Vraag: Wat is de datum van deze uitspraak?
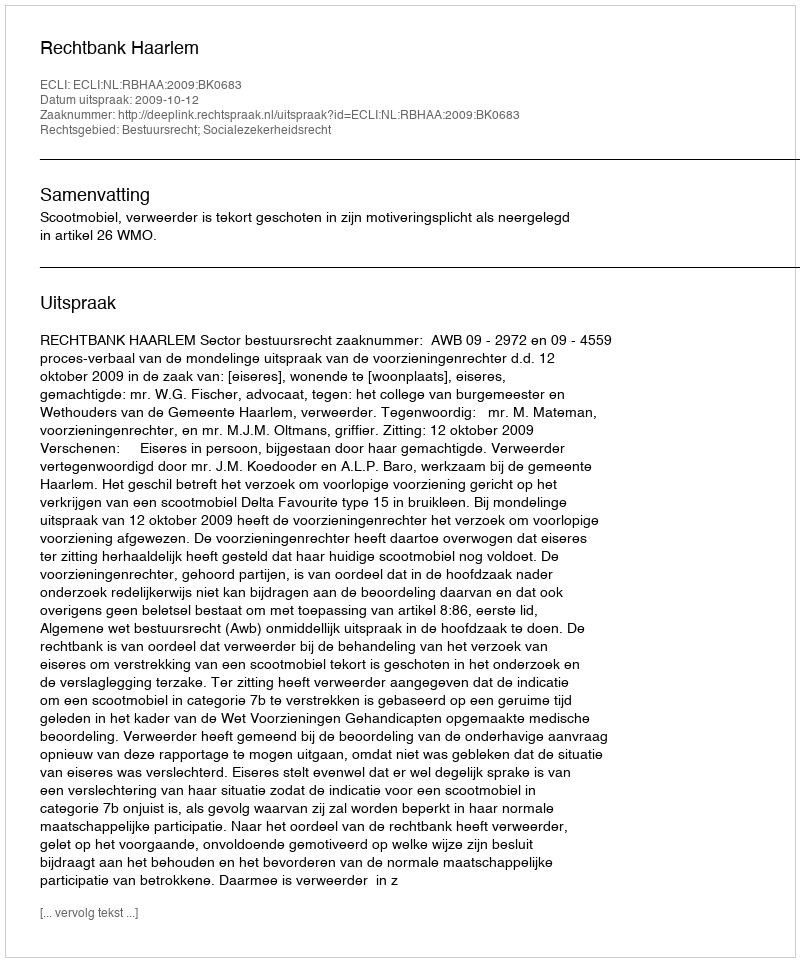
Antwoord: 2009-10-12